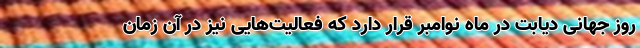
روز جهانی دیابت در ماه نوامبر قرار دارد که فعالیت‌هایی نیز در آن زمان